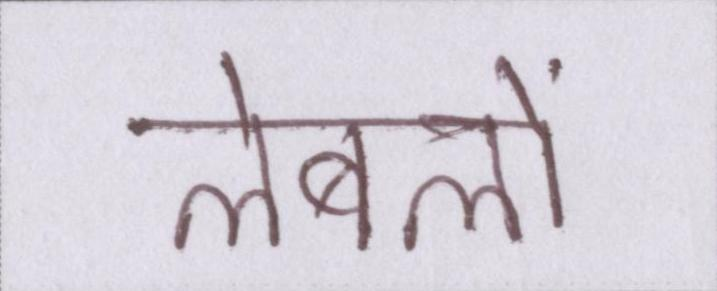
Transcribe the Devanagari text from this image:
लेबलों